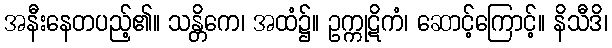
အနီးနေတပည့်၏။ သန္တိကေ၊ အထံ၌။ ဥက္ကုဋိကံ၊ ဆောင့်ကြောင့်။ နိသီဒိ၊